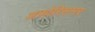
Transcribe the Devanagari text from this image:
अफोरिसमर